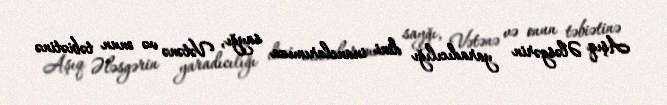
Aşıq Ələsgərin yaradıcılığı dini inanclarımıza sayğı, Vətənə və onun təbiətinə